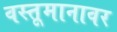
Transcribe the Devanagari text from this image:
वस्तूमानावर